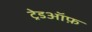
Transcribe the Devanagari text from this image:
ट्रेडऑफ़